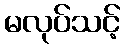
မလုပ်သင့်